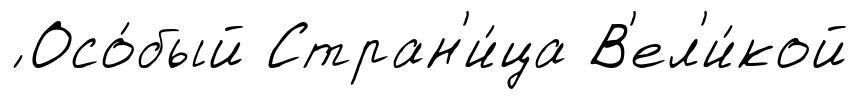
́ Осо́бый Стран'и́ца В'ел'и́кой